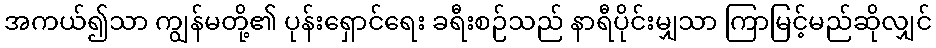
အကယ်၍သာ ကျွန်မတို့၏ ပုန်းရှောင်ရေး ခရီးစဉ်သည် နာရီပိုင်းမျှသာ ကြာမြင့်မည်ဆိုလျှင်